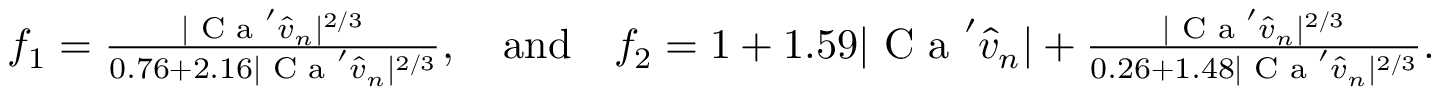
\begin{array} { r } { f _ { 1 } = \frac { | \textrm { C a } ^ { \prime } \hat { v } _ { n } | ^ { 2 / 3 } } { 0 . 7 6 + 2 . 1 6 | \textrm { C a } ^ { \prime } \hat { v } _ { n } | ^ { 2 / 3 } } , \quad \mathrm { a n d } \quad f _ { 2 } = 1 + 1 . 5 9 | \textrm { C a } ^ { \prime } \hat { v } _ { n } | + \frac { | \textrm { C a } ^ { \prime } \hat { v } _ { n } | ^ { 2 / 3 } } { 0 . 2 6 + 1 . 4 8 | \textrm { C a } ^ { \prime } \hat { v } _ { n } | ^ { 2 / 3 } } . } \end{array}